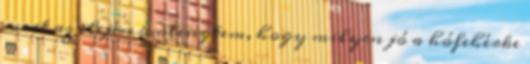
mert az elején ömlengtem, hogy milyen jó a hófehérke